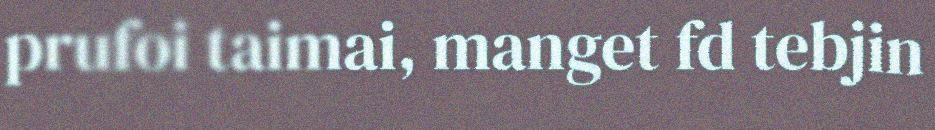
prufoi taimai, manget fd tebjin